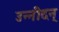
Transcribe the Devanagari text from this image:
उन्नीदन्